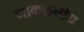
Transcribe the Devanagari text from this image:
नाकलनीय